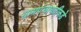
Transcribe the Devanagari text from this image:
ग्रामपंचायतीकडे